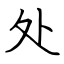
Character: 处